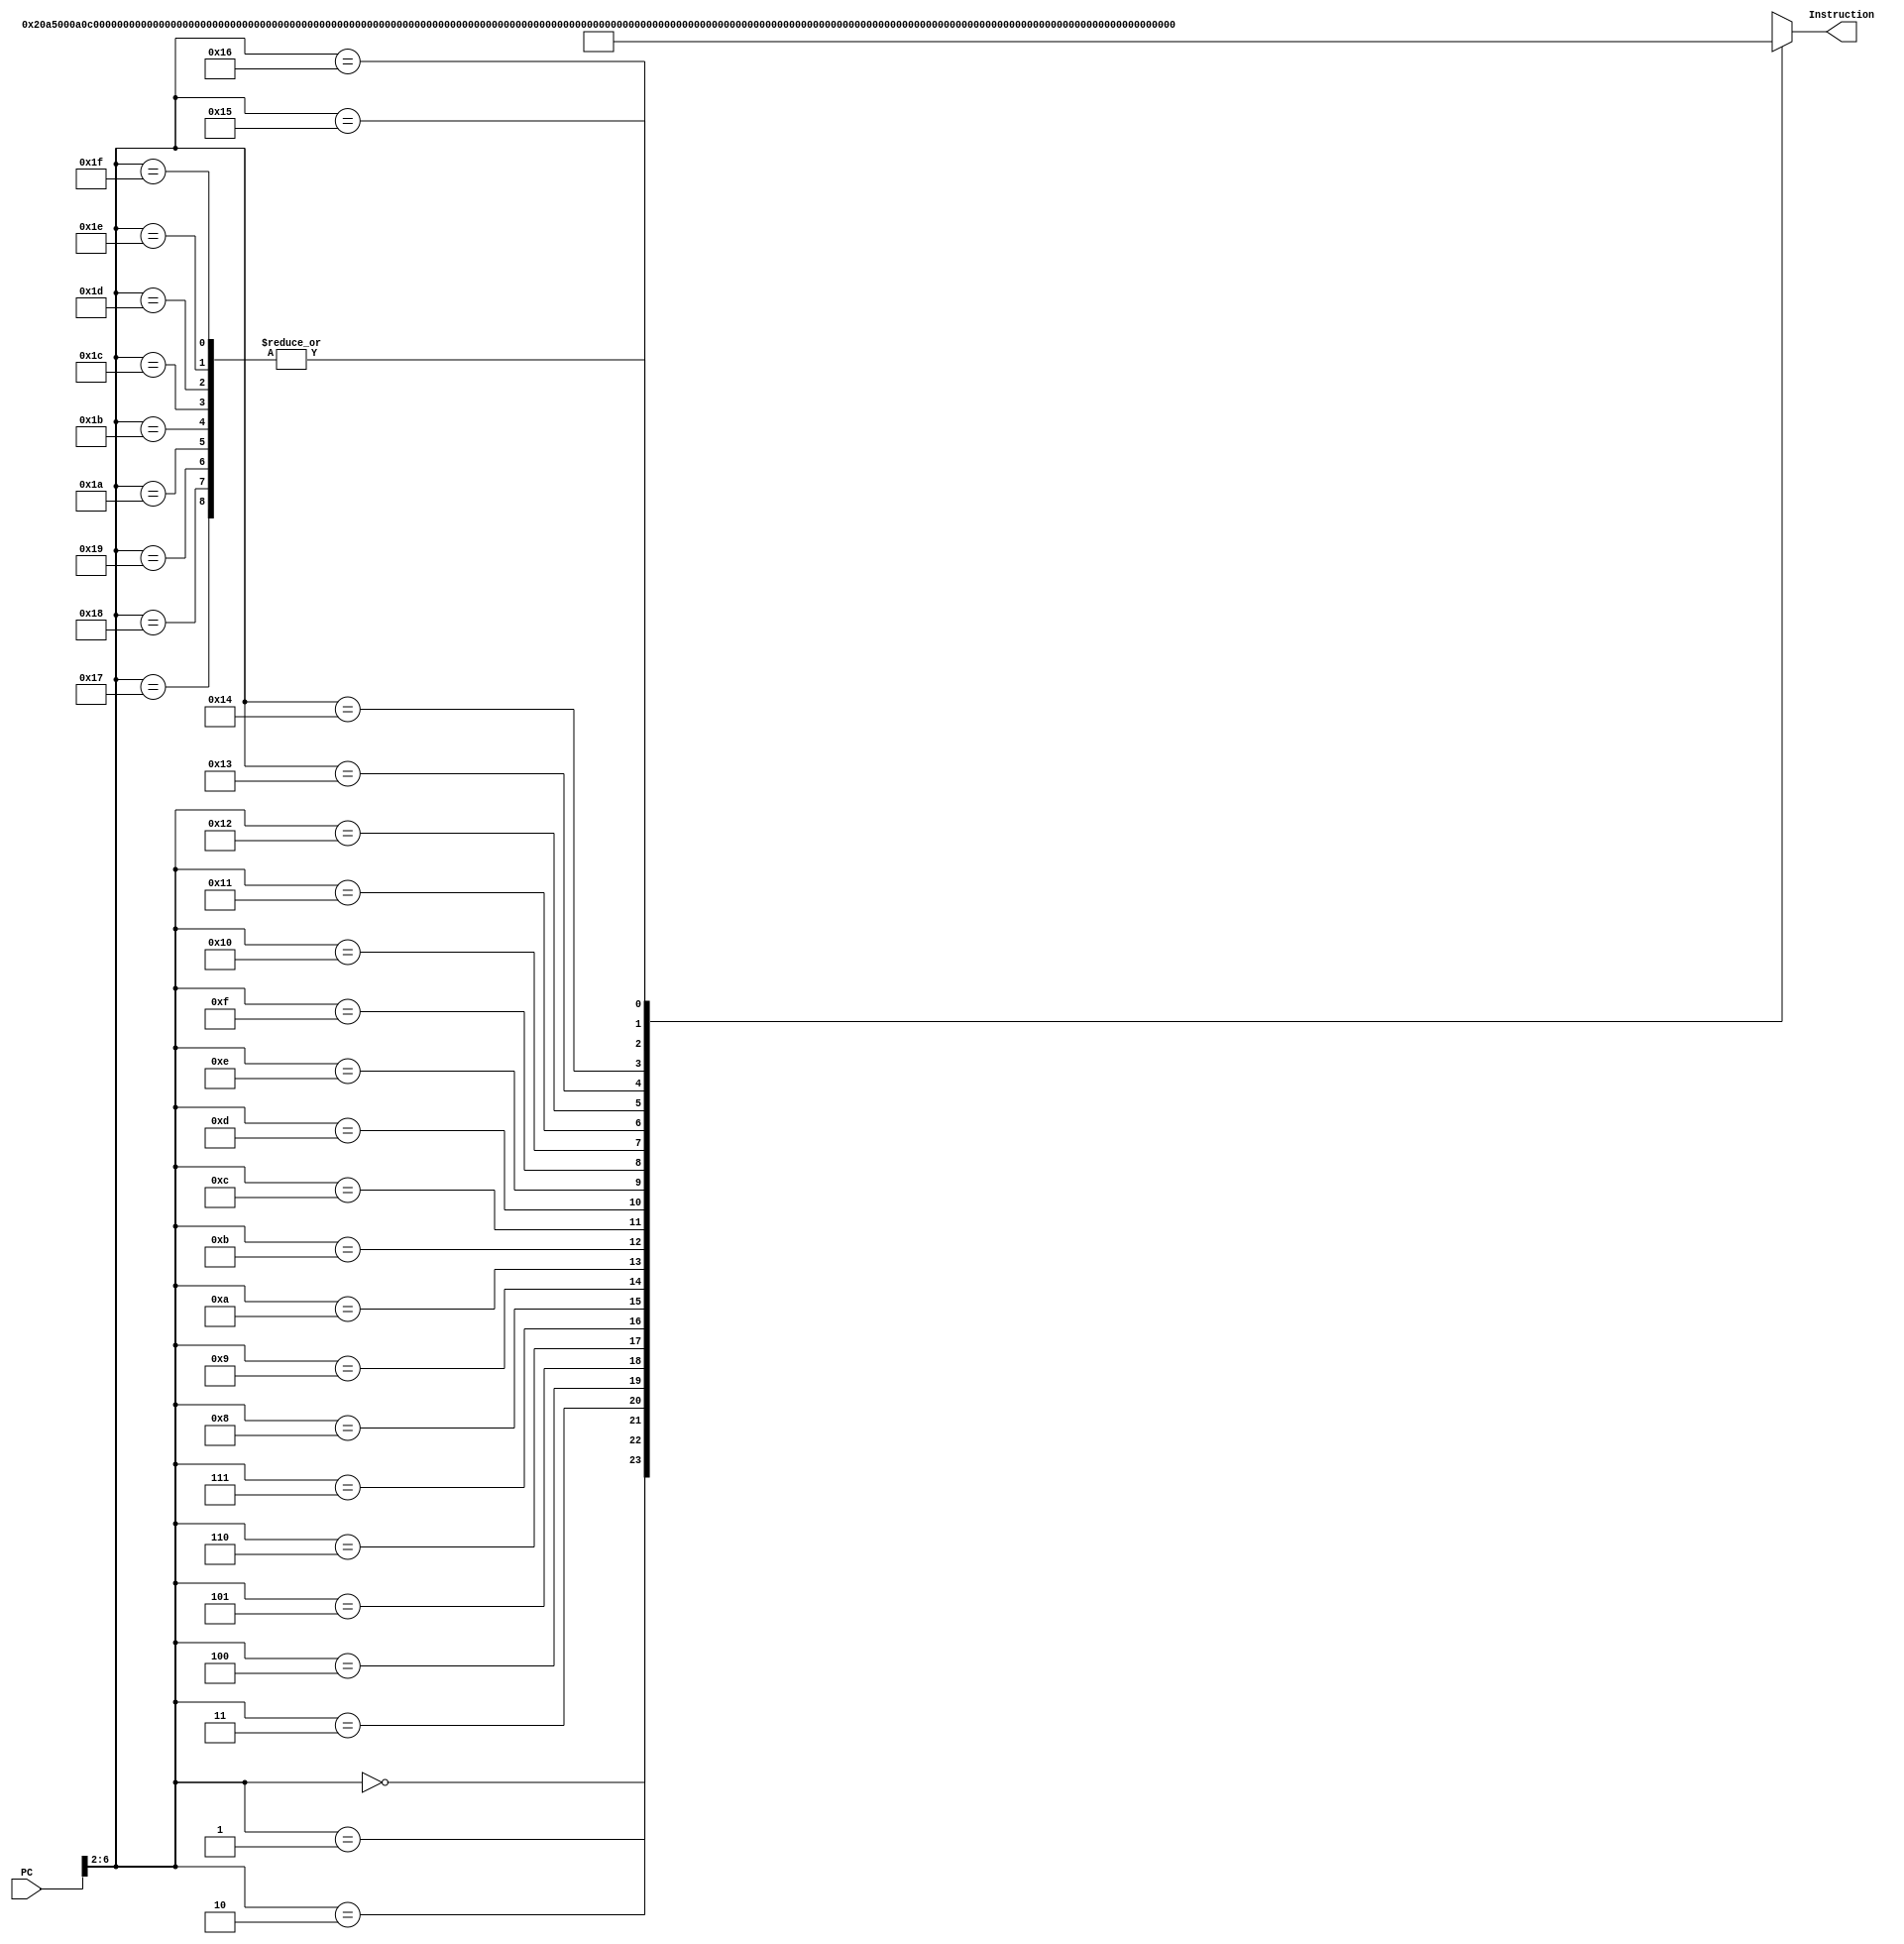
module InstructionMemory(
	input [31:0] PC,
	output [31:0] Instruction);
	
	reg [31:0] Instructions [0:31];
	
	integer i = 0;
	
	always @(*) begin
	
		for (i = 0; i < 32; i = i + 1) begin
			Instructions[i] = {32'b0};
		end
		
		Instructions[0] = 32'h20a5000a; // addi $a1, $a1, 10
		Instructions[1] = 32'h0C000003; // jal sort (for jal used unshifted index)
		Instructions[2] = 32'h0800005c; // j finalexit  (for j used unshifted index)
		
		// sort:
		Instructions[3] = 32'h21080000; // addi $t0, $t0, 0
		
		// outerloop:
		Instructions[4] = 32'h0105582a; // slt $t3, $t0, $a1
		Instructions[5] = 32'h11600058; // beq $t3, $zero, exit
		Instructions[6] = 32'h04086080; // sll $t4, $t0, 2
		Instructions[7] = 32'h21090001; // addi $t1, $t0, 1
		
		// innerloop:
		Instructions[8] = 32'h0125582a; // slt $t3, $t1, $a1
		Instructions[9] = 32'h1160000a; // beq $t3, $zero, exit1  (branch to offset from next inst)
		Instructions[10] = 32'h04096880; // sll $t5, $t1, 2
		Instructions[11] = 32'h8d910000; // lw $s1, ($t4)
		Instructions[12] = 32'h8db20000; // lw $s2, ($t5)
		Instructions[13] = 32'h0251702a; // slt $t6, $s2, $s1
		Instructions[14] = 32'h11C00003; // beq $t6, $zero, exit2  (branch to offset from next inst)
		Instructions[15] = 32'hfe320000; // swap $s1, $s2
		Instructions[16] = 32'had910000; // sw $s1, ($t4)
		Instructions[17] = 32'hadb20000; // sw $s2, ($t5)
		
		// exit2:
		Instructions[18] = 32'h21290001; // addi $t1, $t1, 1
		Instructions[19] = 32'h08000008; // j innerloop (for j used unshifted index)
		
		// exit1:
		Instructions[20] = 32'h21080001; // addi $t0, $t0, 1
		Instructions[21] = 32'h08000004; // j outerloop (for j used unshifted index)
		
		// exit:
		Instructions[22] = 32'h43e00008; // jr $ra
		
		//finalexit:
		
	end
	
	assign Instruction = Instructions[PC>>2];
	
endmodule